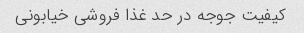
کیفیت جوجه در حد غذا فروشی خیابونی